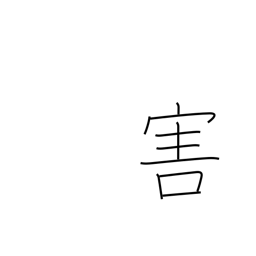
Meaning: harm